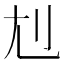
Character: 𡯇